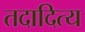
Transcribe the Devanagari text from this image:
तदादित्य